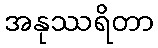
အနုဿရိတာ